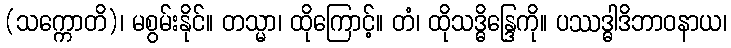
(သက္ကောတိ)၊ မစွမ်းနိုင်။ တသ္မာ၊ ထိုကြောင့်။ တံ၊ ထိုသဒ္ဓိန္ဒြေကို။ ပဿဒ္ဓါဒိဘာဝနာယ၊